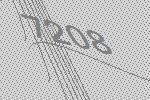
7208